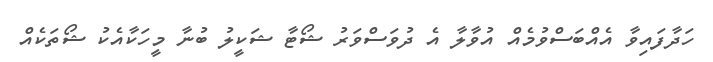
ހަދާފައިވާ އެއްބަސްވުމެއް އުވާލާ އެ ދުވަސްވަރު ޝޯޓާ ޝަކީލު ބުނާ މީހަކާއެކު ޝޯތަކެއް